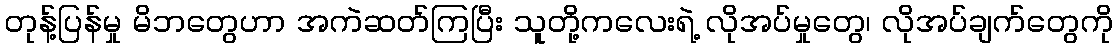
တုန့်ပြန်မှု မိဘတွေဟာ အကဲဆတ်ကြပြီး သူတို့ကလေးရဲ့ လိုအပ်မှုတွေ၊ လိုအပ်ချက်တွေကို